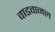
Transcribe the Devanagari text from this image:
वाडवानल